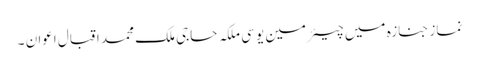
نماز جنازہ میں چیئرمین یو سی ملکہ حاجی ملک محمد اقبال اعوان ۔